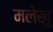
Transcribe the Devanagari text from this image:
मलेखु